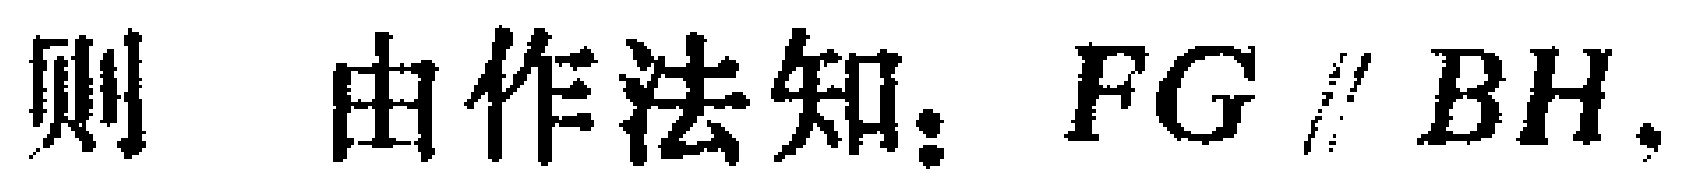
则 由作法知：$FG \parallel BH$.